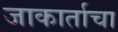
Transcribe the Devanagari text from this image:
जाकार्ताचा